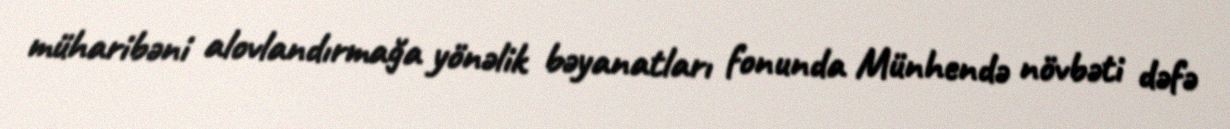
müharibəni alovlandırmağa yönəlik bəyanatları fonunda Münhendə növbəti dəfə